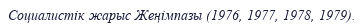
Социалистік жарыс Жеңімпазы (1976, 1977, 1978, 1979).